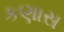
કણાસ